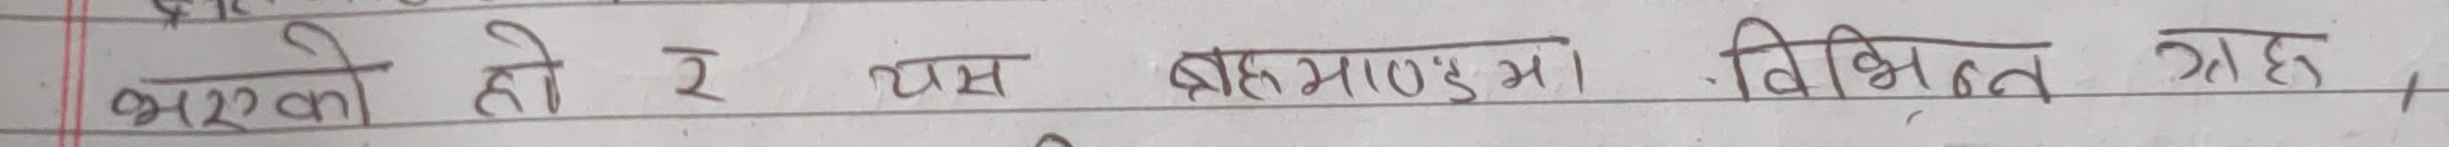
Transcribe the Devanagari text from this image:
भएको हो र यस ब्रह्माण्डमा विभिन्न ग्रह,